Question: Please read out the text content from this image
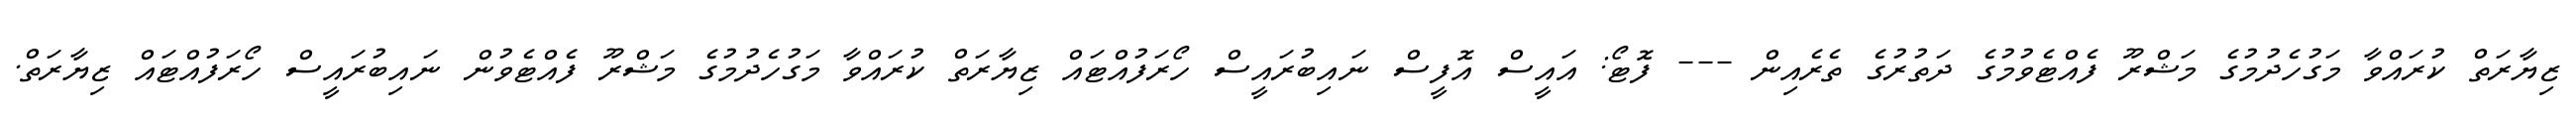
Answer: ޒިޔާރަތް ކުރައްވާ މަގުހެދުމުގެ މަޝްރޫ ފެއްޓެވުމުގެ ދަތުރުގެ ތެރެއިން --- ފޮޓޯ: އައީސް އޮފީސް ނައިބުރައީސް ހޯރަފުއްޓައް ޒިޔާރަތް ކުރައްވާ މަގުހެދުމުގެ މަޝްރޫ ފެއްޓެވުން ނައިބުރައީސް ހޯރަފުއްޓައް ޒިޔާރަތް.